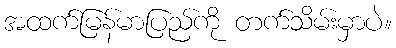
အထက်မြန်မာပြည်ကို တက်သိမ်းမှာပဲ။